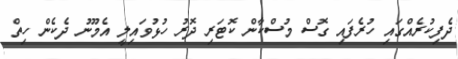
ދެފިކުރެއްގައި ހުރެފައި ގޮސް މުސްކާން ކޮޓަރި ދޮރު ހުޅުވައިލީ އެމޫނު ދެކެން ހިތް